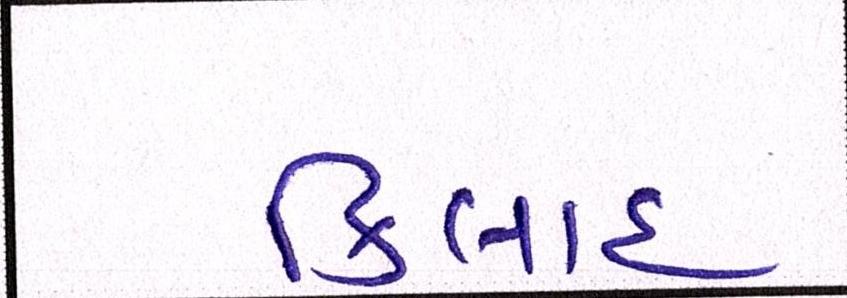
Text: કિલાદ